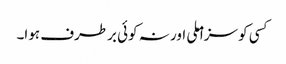
کسی کو سزا ملی اور نہ کوئی برطرف ہوا۔